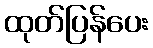
ထုတ်ပြန်ပေး